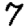
Digit: 7